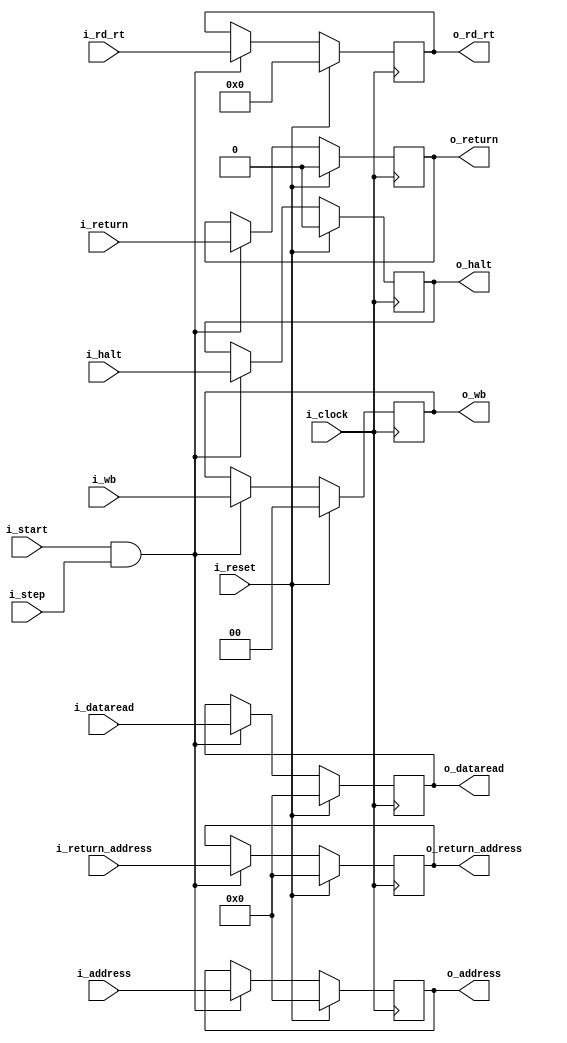
`timescale 1ns / 1ps
//////////////////////////////////////////////////////////////////////////////////
// Company: UNC FCEFyN
// 
// Design Name: 
// Module Name: MEM_WB
// Project Name: MIPS
// Target Devices: 
// Tool Versions: 
// Description: 
// 
// Dependencies: 
// 
// Revision:
// Revision 0.01 - File Created
// Additional Comments:
// 
//////////////////////////////////////////////////////////////////////////////////


module MEM_WB
    #(  //PARAMETERS
        parameter DATA_WIDTH = 32
    )
    (   //INPUTS
        input                       i_clock,
        input                       i_reset,
        input                       i_start,
        input                       i_step,
        input [DATA_WIDTH - 1:0]    i_dataread,
        input [DATA_WIDTH - 1:0]    i_address,
        input [4:0]                 i_rd_rt,
        input [1:0]                 i_wb,
        input [DATA_WIDTH - 1:0]    i_return_address,
        input                       i_return,
        input                       i_halt,
        //OUTPUTS
        output [DATA_WIDTH - 1:0]   o_dataread,
        output [DATA_WIDTH - 1:0]   o_address,
        output [4:0]                o_rd_rt,
        output [1:0]                o_wb,
        output [DATA_WIDTH - 1:0]   o_return_address,
        output                      o_return,
        output                      o_halt
    );

    reg [DATA_WIDTH - 1:0]  dataread;
    reg [DATA_WIDTH - 1:0]  address;
    reg [4:0]               rd_rt;
    reg [1:0]               wb;
    reg [DATA_WIDTH - 1:0]  return_address;
    reg                     return;
    reg                     halt;

    assign o_dataread       = dataread;
    assign o_address        = address;
    assign o_rd_rt          = rd_rt;
    assign o_wb             = wb;
    assign o_return_address = return_address;
    assign o_return         = return;
    assign o_halt           = halt;

    always @(posedge i_clock) begin
        if (i_reset) begin
            dataread        <= 0;
            address         <= 0;
            rd_rt           <= 0;
            wb              <= 0;
            return          <= 0;
            return_address  <= 0;
            halt            <= 0;
        end
        else if (i_start && i_step) begin
            dataread        <= i_dataread;
            address         <= i_address;
            rd_rt           <= i_rd_rt;
            wb              <= i_wb;
            return          <= i_return;
            return_address  <= i_return_address;
            halt            <= i_halt;
        end
    end
endmodule